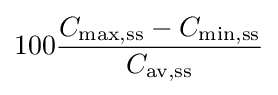
100{\frac {C_{{\text{max}},{\text{ss}}}-C_{{\text{min}},{\text{ss}}}}{C_{{\text{av}},{\text{ss}}}}}